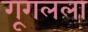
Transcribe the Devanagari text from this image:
गूगलला